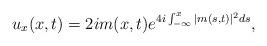
LaTeX: \begin{align*}u_x(x,t)= 2i m(x,t) e^{4i \int_{-\infty}^x |m(s,t)|^2 ds}, \end{align*}